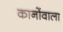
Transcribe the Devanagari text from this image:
कानोंवाला